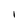
Character: 1